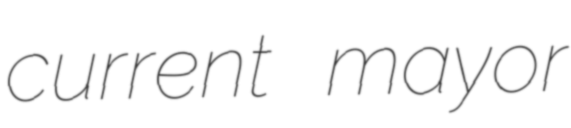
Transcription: current mayor